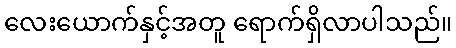
လေးယောက်နှင့်အတူ ရောက်ရှိလာပါသည်။